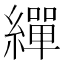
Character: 繟